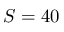
S = 4 0